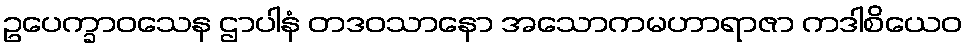
ဥပေက္ခာဝသေန ဌာပါနံ တဒဝသာနော အသောကမဟာရာဇာ ကဒါစိယေဝ